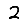
Digit: 2